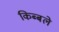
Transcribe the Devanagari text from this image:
किब्बले